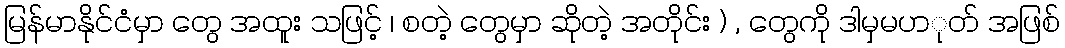
မြန်မာနိုင်ငံမှာ တွေ အထူး သဖြင့် ၊ စတဲ့ တွေမှာ ဆိုတဲ့ အတိုင်း ) , တွေကို ဒါမှမပာုတ် အဖြစ်